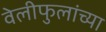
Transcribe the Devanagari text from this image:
वेलीफुलांच्या